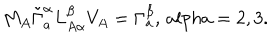
M _ { A } \tilde { \Gamma } _ { a } ^ { \alpha } L _ { A \alpha } ^ { \beta } V _ { A } = \Gamma _ { a } ^ { \beta } , \, a l p h a = 2 , 3 .